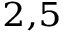
^ { 2 , 5 }